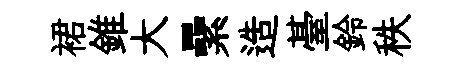
裙錐大纍造䑓鈴秩